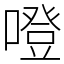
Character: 噔